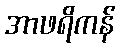
အာဖရိကန်